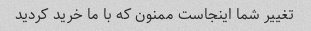
تغییر شما اینجاست ممنون که با ما خرید کردید